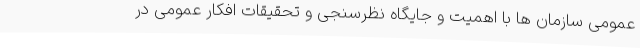
عمومی سازمان ها با اهمیت و جایگاه نظرسنجی و تحقیقات افکار عمومی در